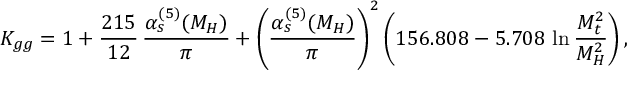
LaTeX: K _ { g g } = 1 + \frac { 2 1 5 } { 1 2 } \, \frac { \alpha _ { s } ^ { ( 5 ) } ( M _ { H } ) } { \pi } + \left( \frac { \alpha _ { s } ^ { ( 5 ) } ( M _ { H } ) } { \pi } \right) ^ { 2 } \left( 1 5 6 . 8 0 8 - 5 . 7 0 8 \, \ln \frac { M _ { t } ^ { 2 } } { M _ { H } ^ { 2 } } \right) ,